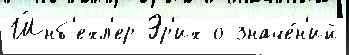
Ш́нб'ехл'ер Эр'их о значе́н'ий